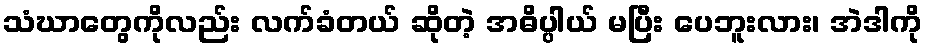
သံဃာတွေကိုလည်း လက်ခံတယ် ဆိုတဲ့ အဓိပ္ပါယ် မပြီး ပေဘူးလား၊ အဲဒါကို